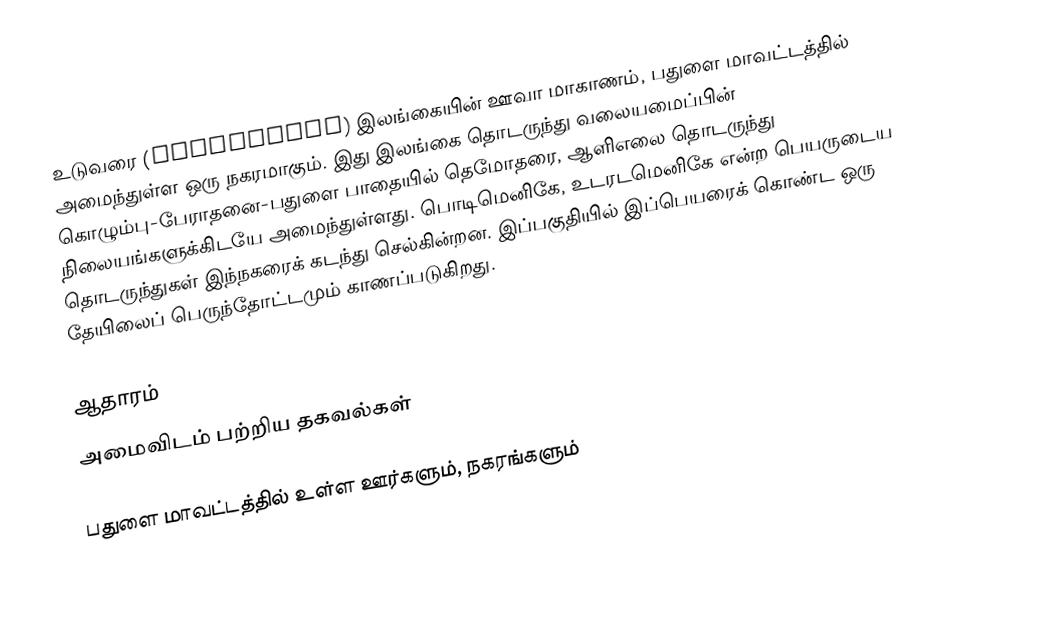
உடுவரை (Oodoowerre) இலங்கையின்  ஊவா மாகாணம், பதுளை மாவட்டத்தில் அமைந்துள்ள ஒரு நகரமாகும். இது இலங்கை தொடருந்து வலையமைப்பின் கொழும்பு-பேராதனை-பதுளை பாதையில் தெமோதரை, ஆளிஎலை தொடருந்து நிலையங்களுக்கிடயே அமைந்துள்ளது. பொடிமெனிகே,   உடரடமெனிகே என்ற பெயருடைய தொடருந்துகள் இந்நகரைக் கடந்து செல்கின்றன. இப்பகுதியில் இப்பெயரைக் கொண்ட ஒரு தேயிலைப் பெருந்தோட்டமும் காணப்படுகிறது.

ஆதாரம்
அமைவிடம் பற்றிய தகவல்கள்

பதுளை மாவட்டத்தில் உள்ள ஊர்களும், நகரங்களும்